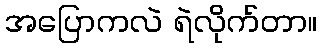
အပြောကလဲ ရဲလိုက်တာ။